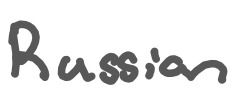
Text: Russian
Cross-out: clean
Writing tool: digital_gray